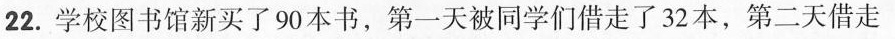
22.学校图书馆新买了90本书，第一天被同学们借走了32本，第二天借走